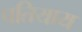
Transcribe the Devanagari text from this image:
पतियाय